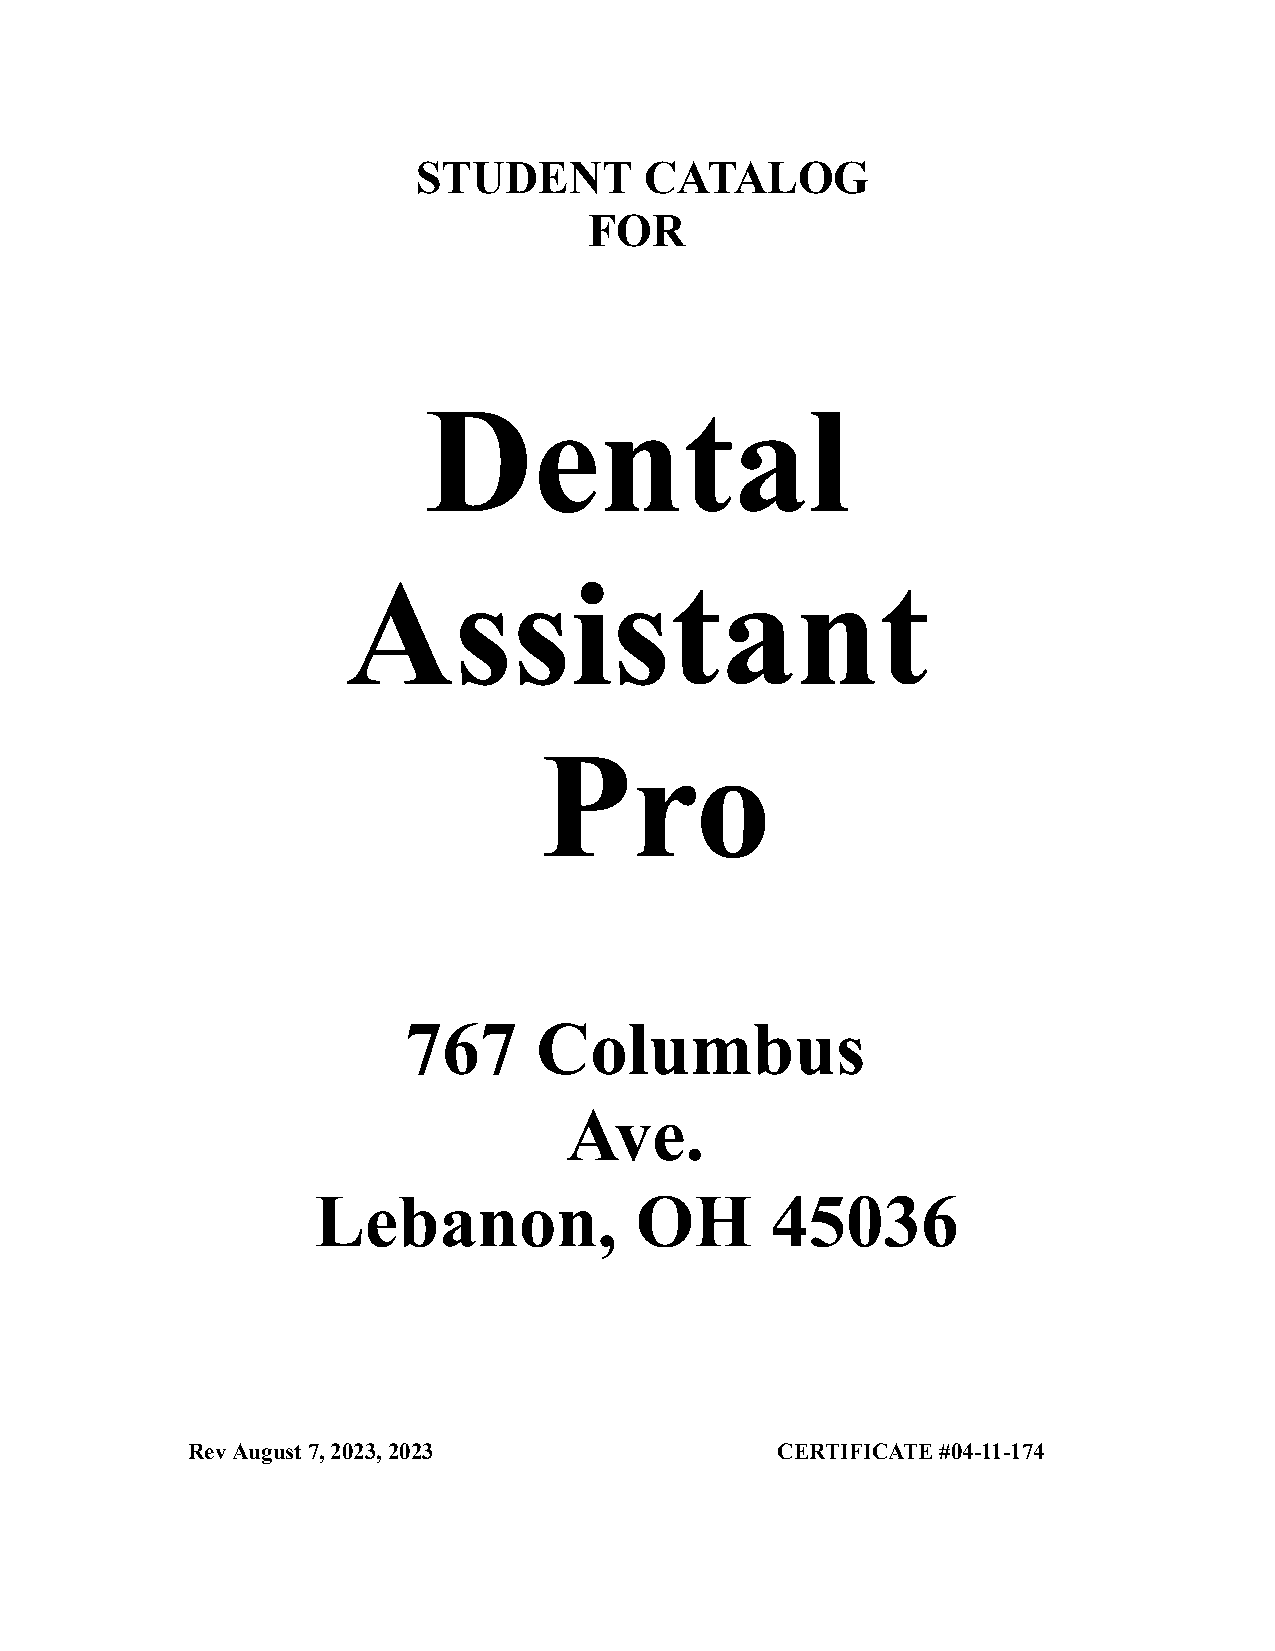
STUDENT        CATALOG
 FOR
 Dental
 Assistant
 Pro
 767     Columbus
 Ave.
 Lebanon,             OH       45036
 RevAugust7,2023,2023                   CERTIFICATE#04-11-174